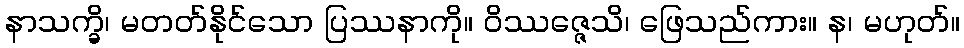
နာသက္ခိ၊ မတတ်နိုင်သော ပြဿနာကို။ ဝိဿဇ္ဇေသိ၊ ဖြေသည်ကား။ န၊ မဟုတ်။